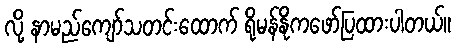
လို့ နာမည်ကျော်သတင်းထောက် ရိုမန်နိုကဖော်ပြထားပါတယ်။